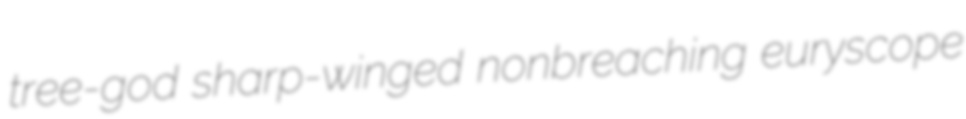
tree-god sharp-winged nonbreaching euryscope